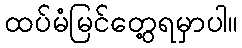
ထပ်မံမြင်တွေ့ရမှာပါ။